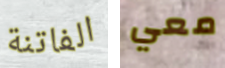
الفاتنة معي